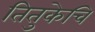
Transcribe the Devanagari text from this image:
तितुकेचि